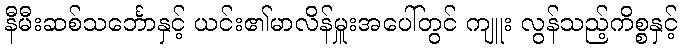
နီမီးဆစ်သင်္ဘောနှင့် ယင်း၏မာလိန်မှူးအပေါ်တွင် ကျူး လွန်သည့်ကိစ္စနှင့်